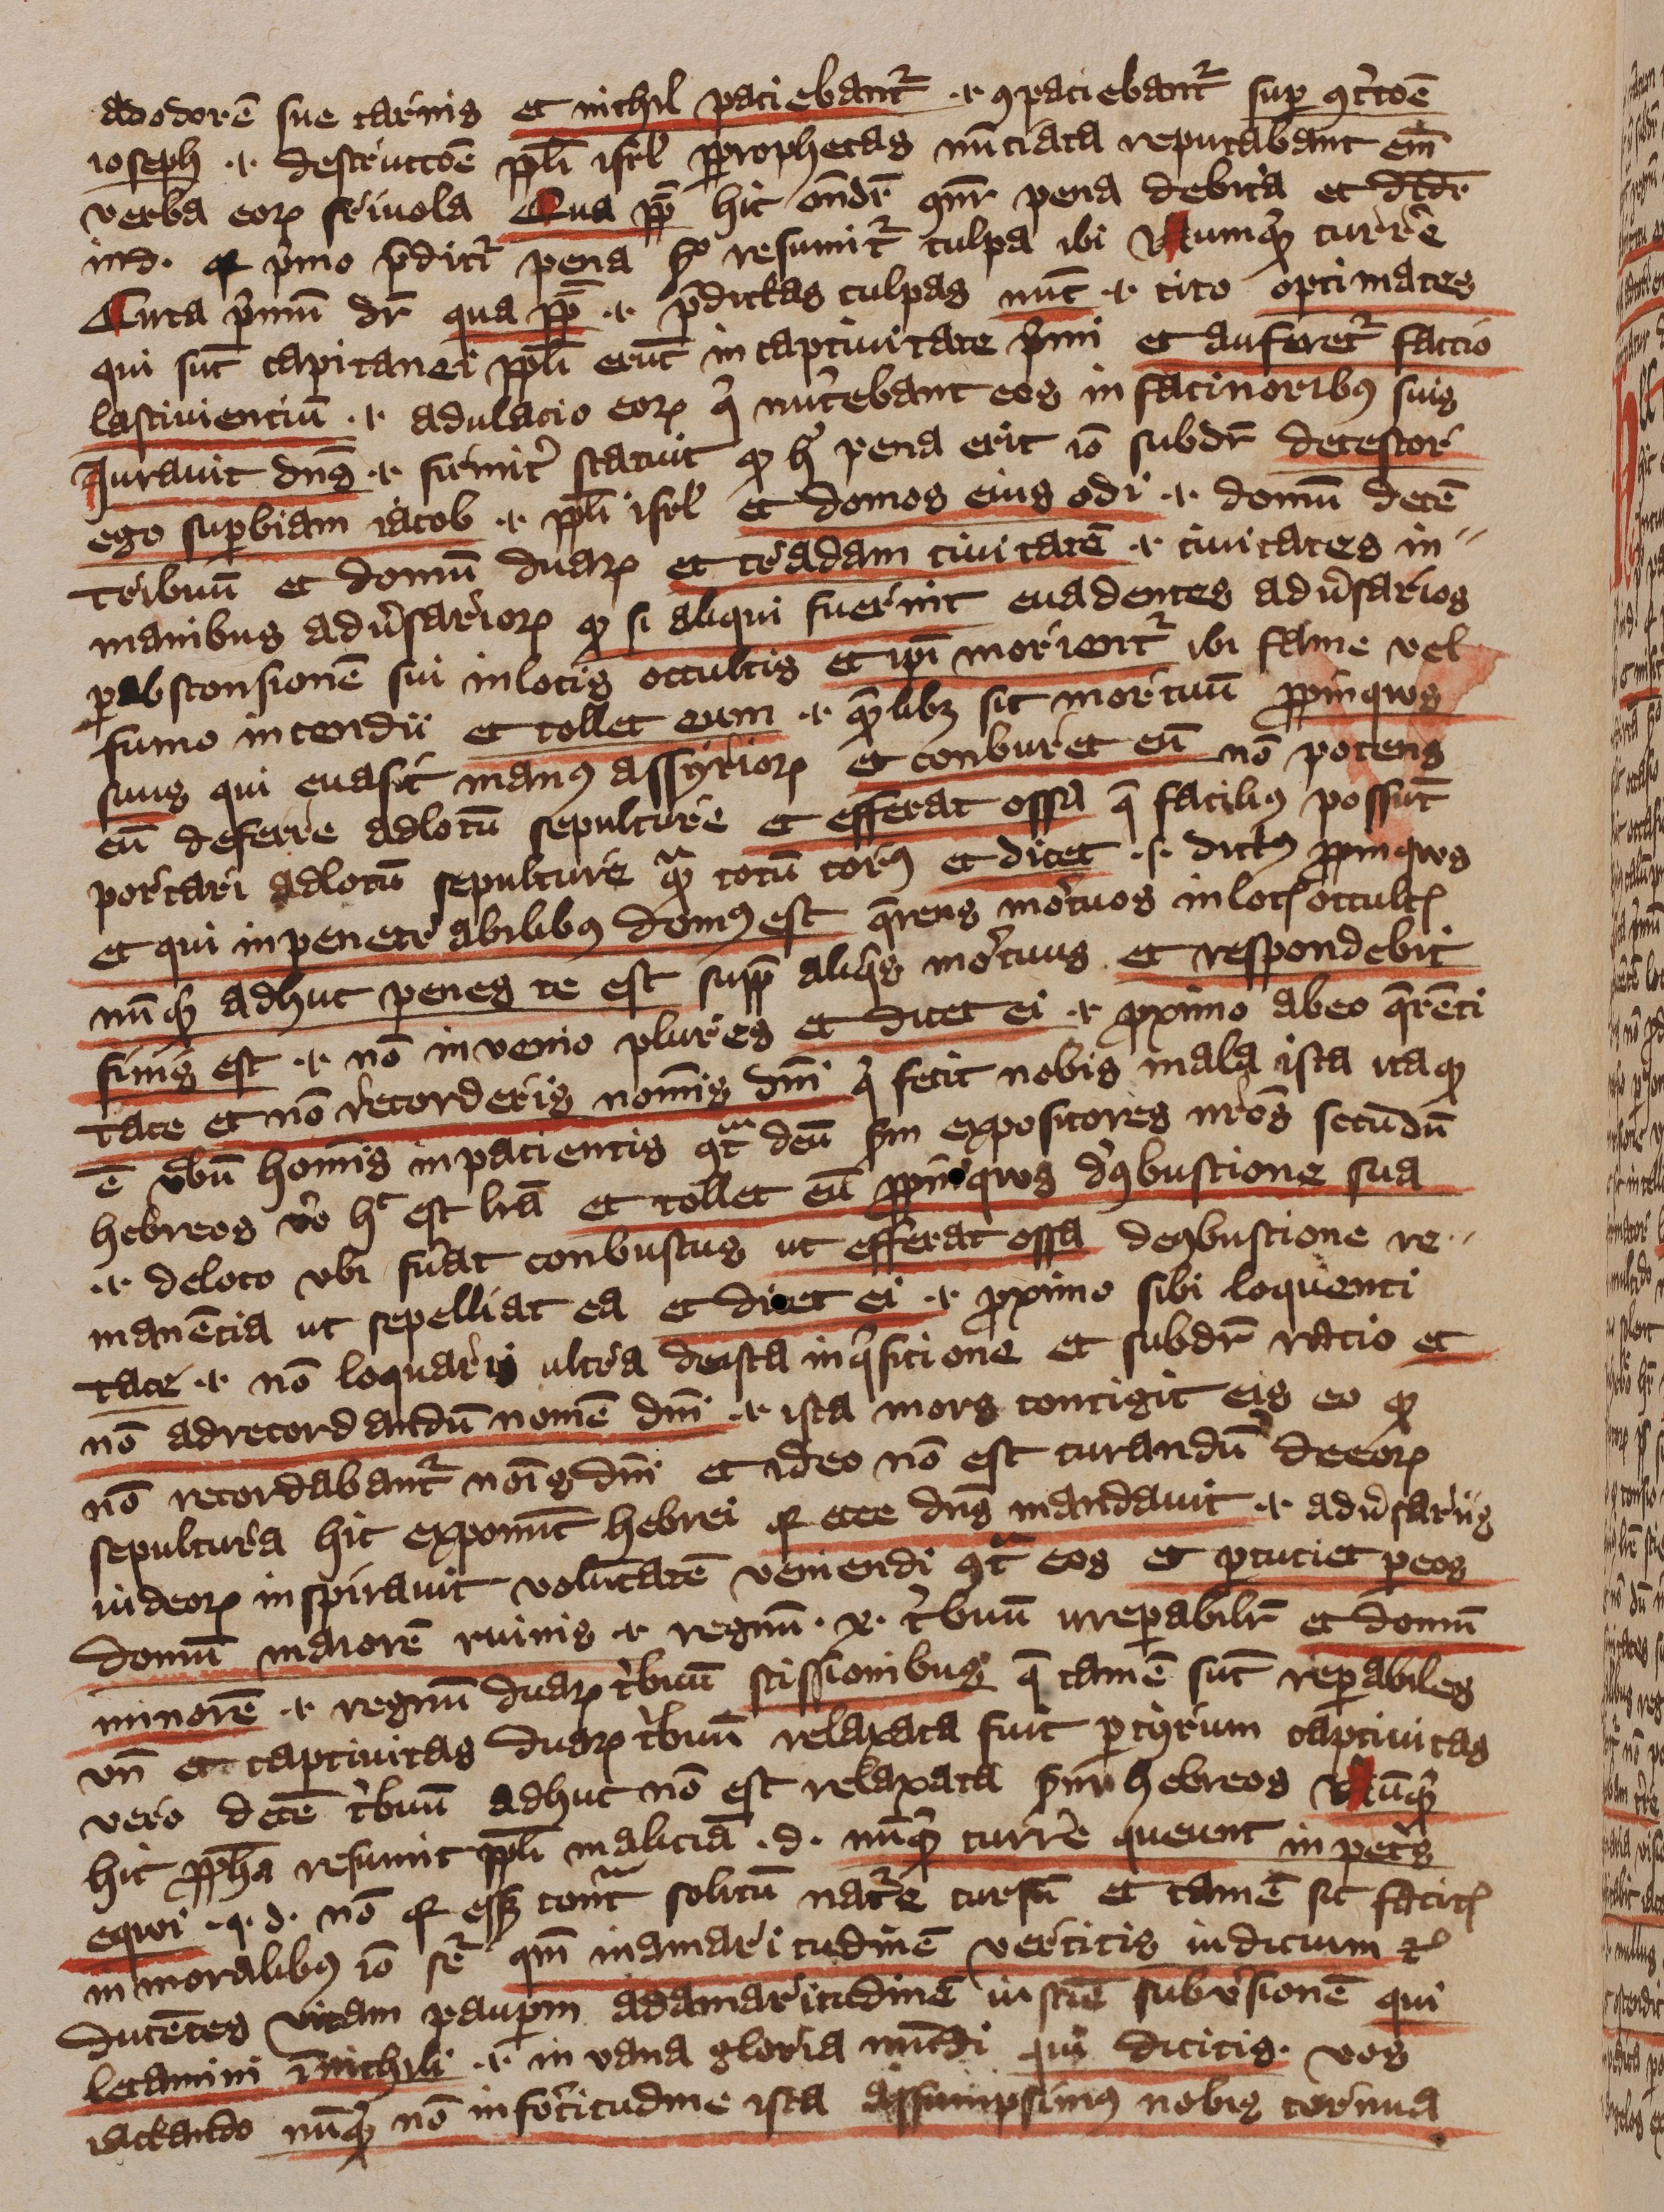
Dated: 1393–1396